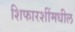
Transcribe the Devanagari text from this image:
शिफारशींमधील